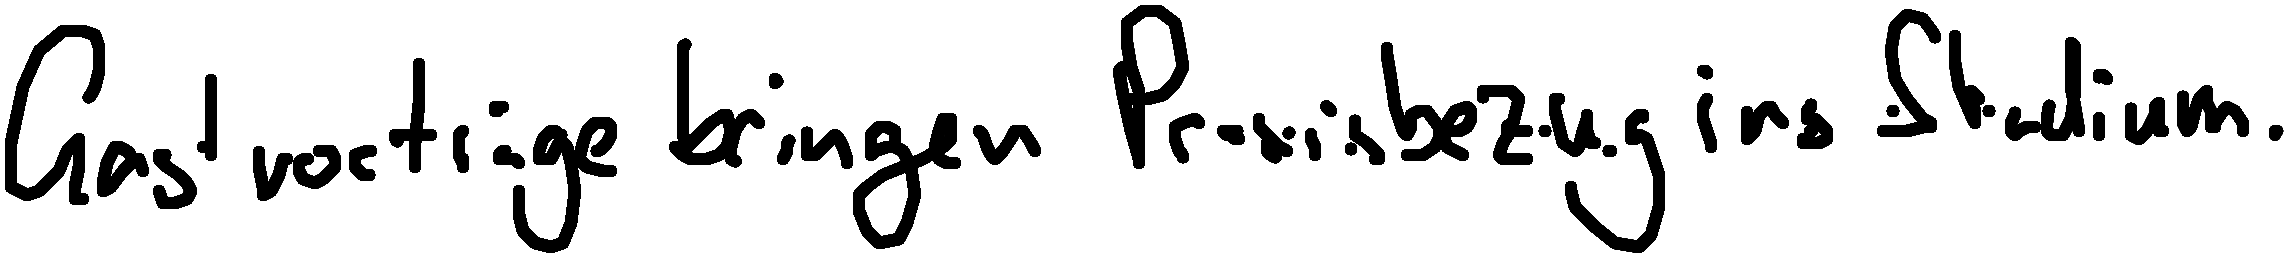
Gastvorträge bringen Praxisbezug ins Studium.